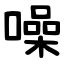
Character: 噪